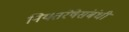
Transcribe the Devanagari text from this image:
नियतरेषेसंबंधी